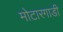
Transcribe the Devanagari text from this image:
मोटारगाडी